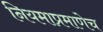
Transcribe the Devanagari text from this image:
नियमाप्रमाणेच